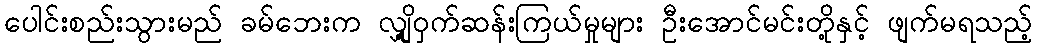
ပေါင်းစည်းသွားမည် ခမ်ဘေးက လျှို့ဝှက်ဆန်းကြယ်မှုများ ဦးအောင်မင်းတို့နှင့် ဖျက်မရသည့်